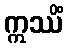
ဣဿိံ